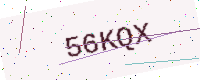
Text: 56KQX